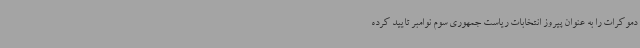
دموکرات را به عنوان پیروز انتخابات ریاست جمهوری سوم نوامبر تایید کرده